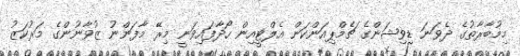
މިމުބާރާތުގެ ދެވަނަ ޑިވިޝަންގެ ޗެމްޕިއަންކަން އެލްޓީއިން ހޯދާފައިވަނީ މިރޭ މާފަންނު ޒުވާނުންގެ މަރުކަޒު